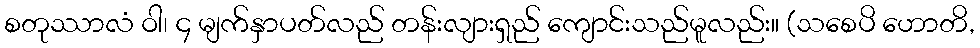
စတုဿာလံ ဝါ၊ ၄ မျက်နှာပတ်လည် တန်းလျားရှည် ကျောင်းသည်မူလည်း။ (သစေပိ ဟောတိ,